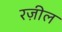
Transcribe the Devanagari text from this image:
रज़ील